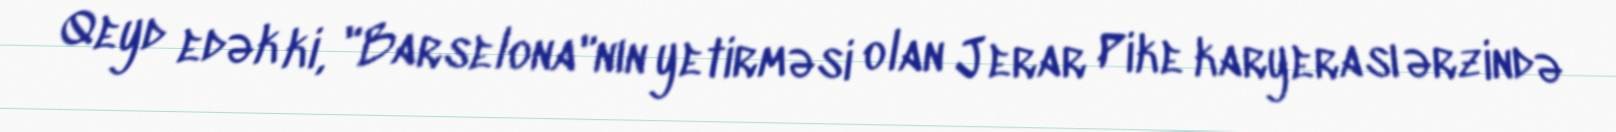
Qeyd edək ki, "Barselona"nın yetirməsi olan Jerar Pike karyerası ərzində